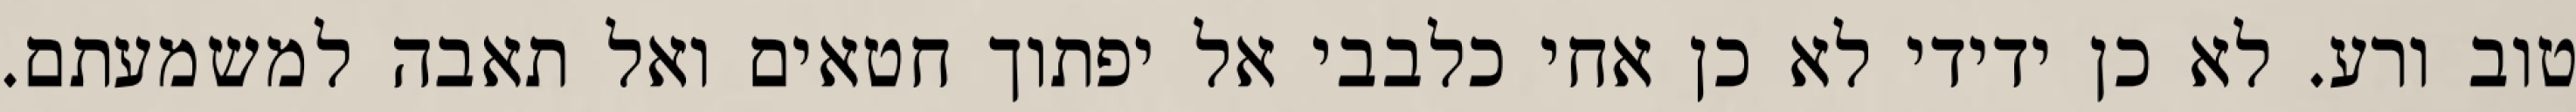
טוב ורע. לא כן ידידי לא כן אחי כלבבי אל יפתוך חטאים ואל תאבה למשמעתם.